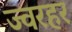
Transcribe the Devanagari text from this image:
ज्वरहर